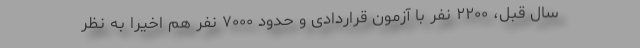
سال قبل، ۲۲۰۰ نفر با آزمون قراردادی و حدود ۷۰۰۰ نفر هم اخیرا به نظر